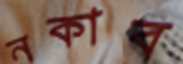
নকাব